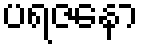
ပရဇနော